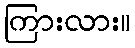
ကြားလား။